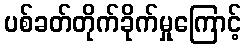
ပစ်ခတ်တိုက်ခိုက်မှုကြောင့်